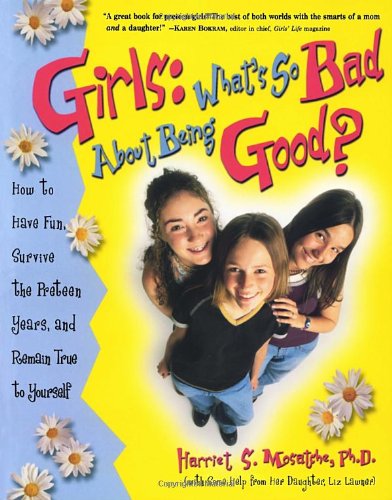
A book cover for Girls: What's So Bad About Being Good?; Harriet S. Mosatche Ph.D.; Teen & Young Adult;